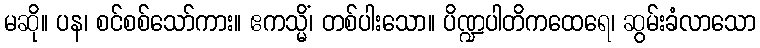
မဆို။ ပန၊ စင်စစ်သော်ကား။ ဧကသ္မိံ၊ တစ်ပါးသော။ ပိဏ္ဍပါတိကထေရေ၊ ဆွမ်းခံလာသော